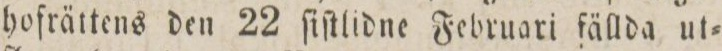
hofrättens den 22 ſiſtlidne Februari fällda ut=